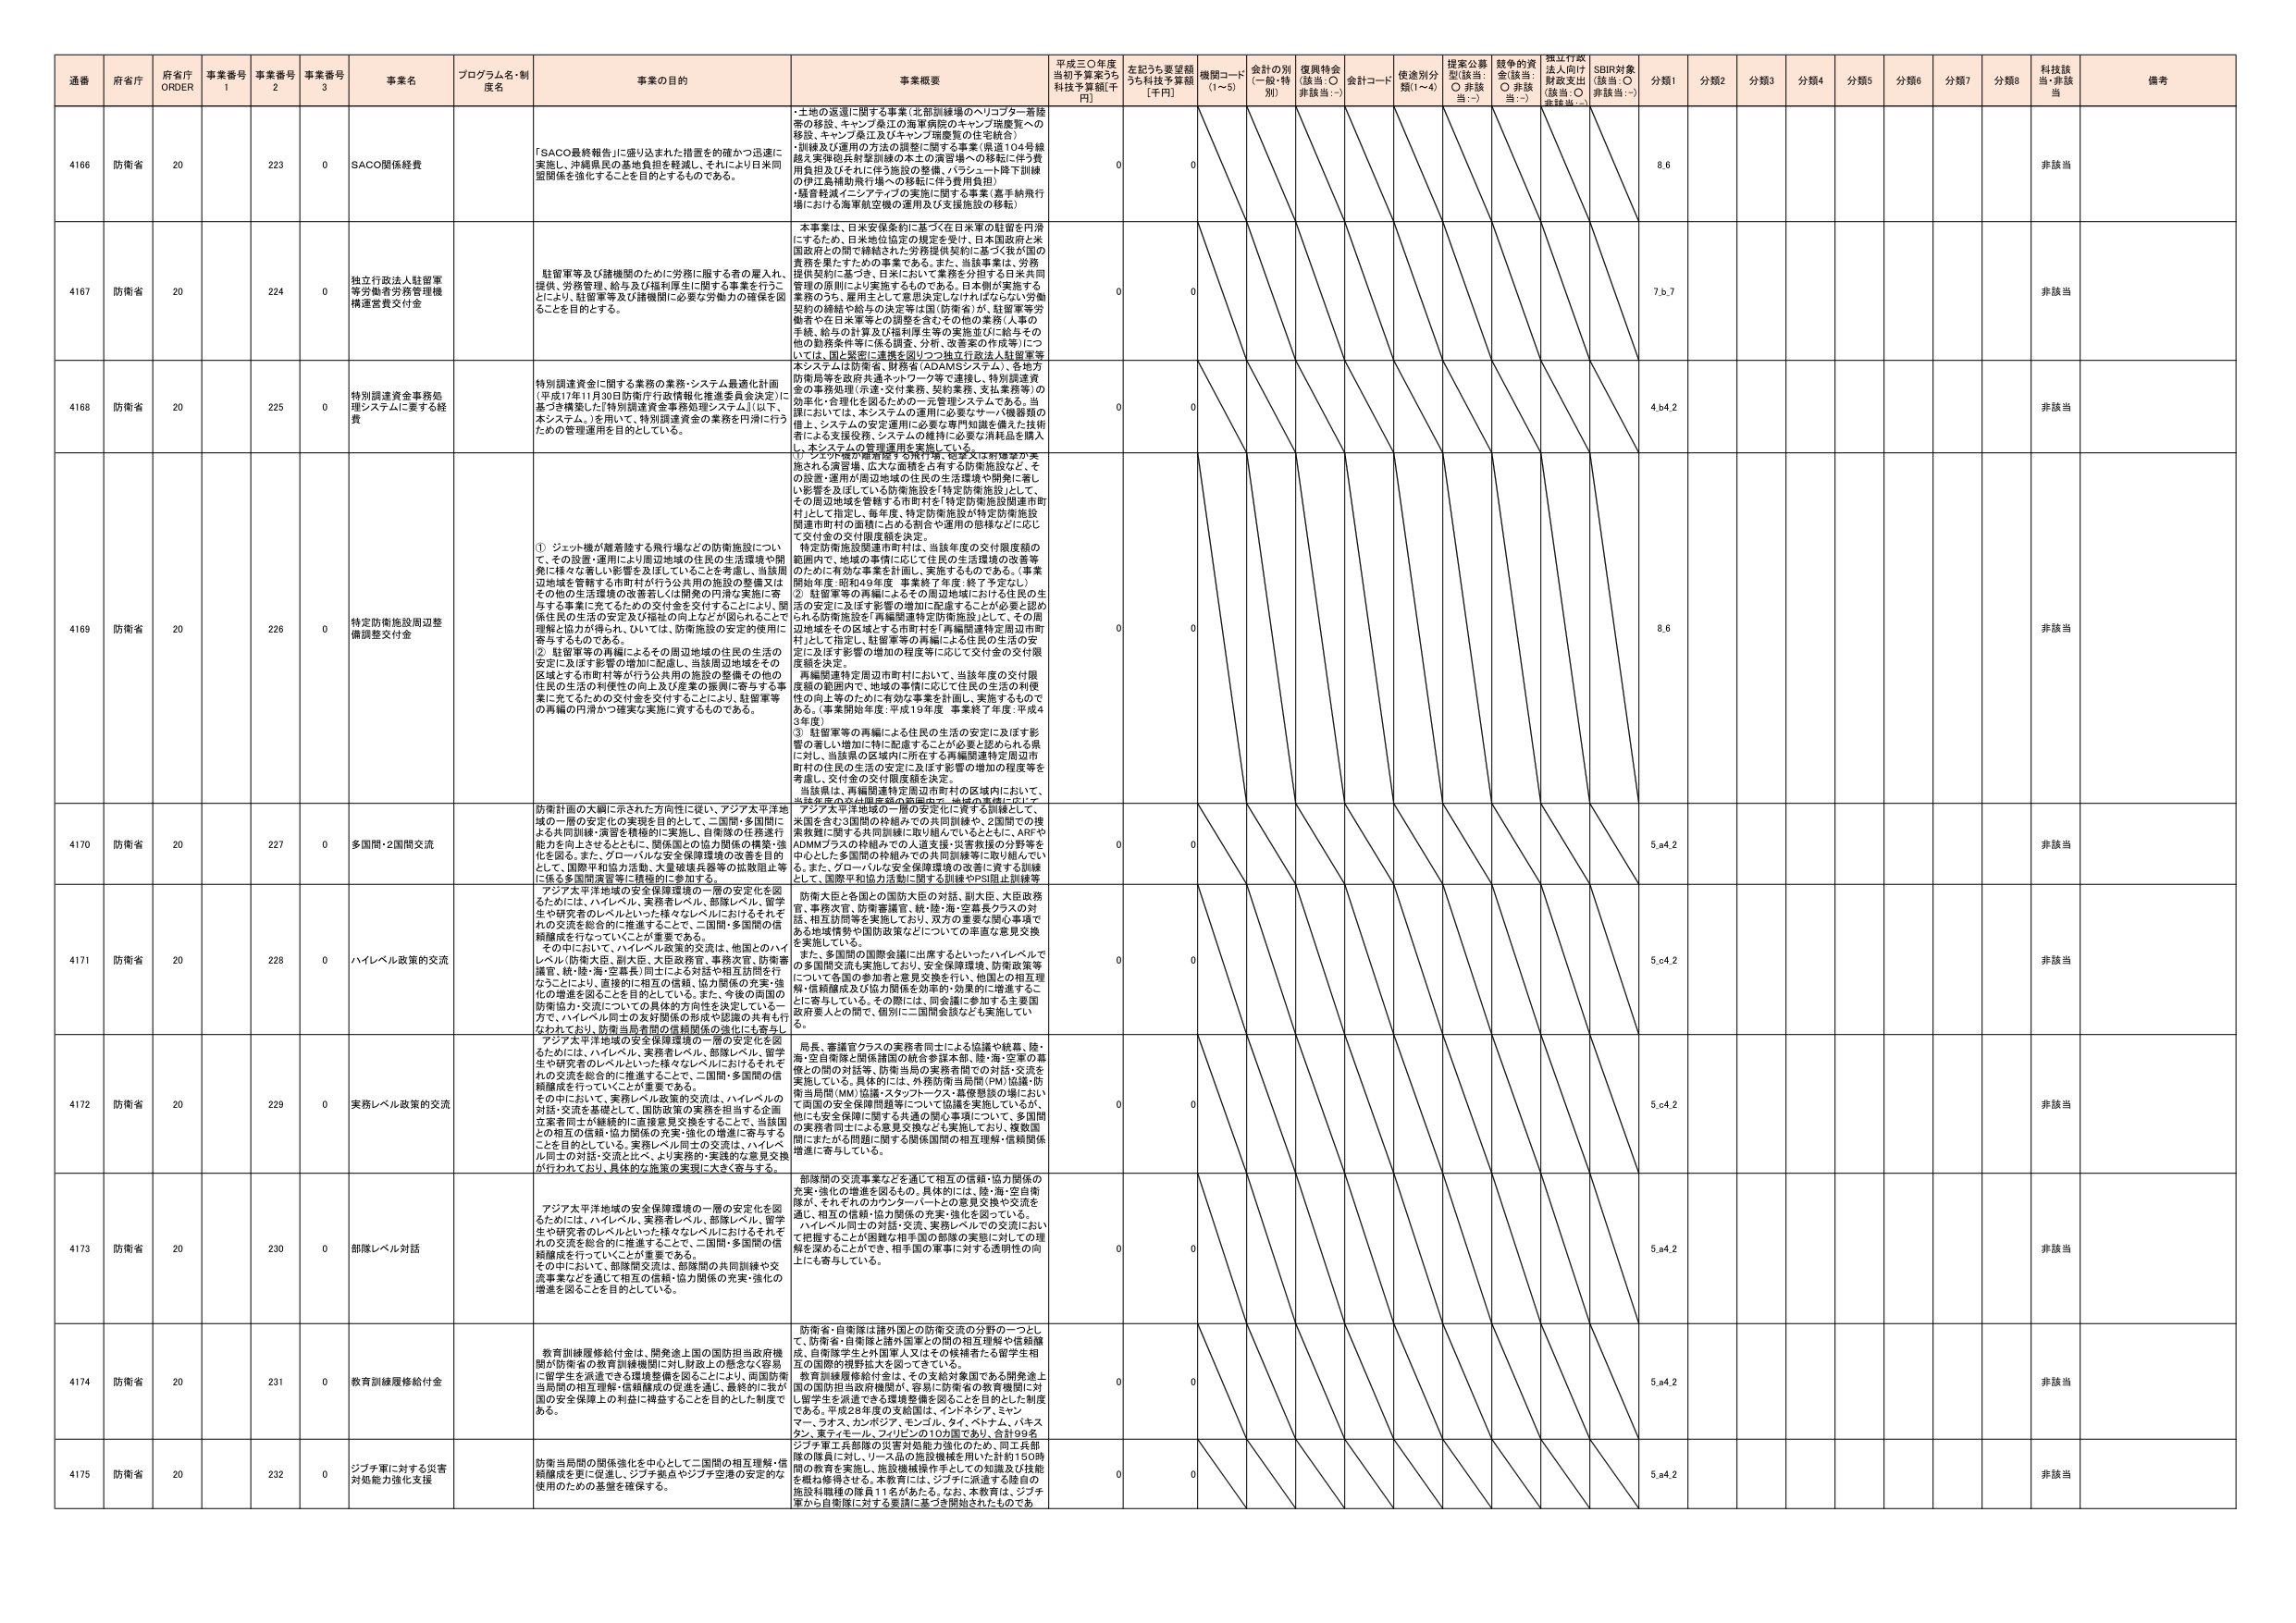
通番 府省庁 府省庁 ORDER 事業番号 1 事業番号 2 事業番号 3 事業名 プログラム名・制度名 事業の目的 事業概要 平成三〇年度当初予算案うち 科技予算額[千円] 左記うち要望額うち科技予算額 [千円] 機関コード (1～5) 会計の別 (一般・特別) 復興特会 (該当: ○ 非該当:－) 会計コード 使途別分類(1～4) 提案公募型(該当: ○ 非該当:－) 競争的資金(該当: ○ 非該当:－) 捏江行政法人向け財政支出(該当: ○ 非該当:－) SDBR対象(該当: ○ 非該当:－) 分類1 分類2 分類3 分類4 分類5 分類6 分類7 分類8 科技該当 備考

4166 防衛省 20 223 0 SACO関係経費 「SACO最終報告」に盛り込まれた措置を的確かつ迅速に実施し、沖縄県民の基地負担を軽減し、それにより日米同盟関係を強化することを目的とするものである。 ・土地の返還に関する事業（北部訓練場のヘリコプター着陸帯の移設、キャンプ系江の海軍病院のキャンプ瑞慶覧への移設、キャンプ系江及びキャンプ瑞慶覧の住宅統合） ・訓練及び運用の方法の調整に関する事業（県道104号線越え実弾砲兵射撃訓練の本土の演習場への移転に伴う費用負担及びそれに対応する施設の整備、パラシュート降下訓練の伊江島補助飛行場への移転に伴う費用負担） ・騒音軽減インセンティブの実施に関する事業（嘉手納飛行場における海軍航空機の運用及び支援施設の移転） 0 0 8,6 非該当

4167 防衛省 20 224 0 独立行政法人駐留軍等労働者労務管理機構運営費交付金 駐留軍等及び諸機関のために労務に服する者の雇入れ、提供、労務管理、給与及び福利厚生に関する事業を行うことにより、駐留軍等及び諸機関に必要な労働力の確保を図ることを目的とする。 本事業は、日米安保条約に基づく在日米軍の駐留を円滑にするため、日米地位協定の規定を受け、日本国政府と米国政府との間で締結された「労務提供契約」に基づく我が国の責務を果たすための事業である。また、当該事業は、労務提供契約に基づき、日米において業務を分担する日米共同管理の原則により実施されるものである。日本側が実施する業務のうち、雇用として意思決定しなければならない「労働契約の締結や給与の決定等は国（防衛省）が、駐留軍等労働者や在日米軍等との調整を含むその他の業務（人事の手続、給与の計算及び福利厚生等の実施並びに給与その他の勤務条件等に係る調査、分析、改善案の作成等）については、国立英語・運営と関リココ独立行政法人駐留軍等をシステムは防衛省、財務省（ADAMSシステム）、各地方防衛局等を政府共通ネットワーク等で連携し、特別調達資金の事務処理（派遣・交付業務、契約業務、支払業務等）の効率化・合理化を図るための一元管理システムである。当該においては、本システムの運用に必要なサーバ機器類の備え、システムの安定運用に必要な専門知識を備えた技術者による支援役務、システムの維持に必要な消耗品を購入し、本システムの管理運用を実施している。 0 0 7,ｂ7 非該当

4168 防衛省 20 225 0 特別調達資金事務処理システムに要する経費 特別調達資金に関する業務の業務・システム最適化計画（平成17年11月30日防衛庁行政情報化推進委員会決定）に基づき構築した「特別調達資金事務処理システム」（以下、本システム。）を用いて、特別調達資金の業務を円滑に行うための管理運用を目的としている。 0 0 4,ｂ42 非該当

4169 防衛省 20 226 0 特定防衛施設周辺整備調整交付金 ① ジェット機が離着陸する飛行場などの防衛施設について、その設置・運用に伴い周辺地域の住民の生活環境や開発に様々な著しい影響を及ぼしていることを考慮し、当該周辺地域を管轄する市町村が行う公共用の施設の整備又はその他の生活環境の改善若しくは開発の円滑な実施に寄与する事業に充てるための交付金を交付することにより、関係住民の生活の安定及び発展の向上などが図られることで理解と協力が得られ、ひいては、防衛施設の安定的使用に寄与するものである。 ② 駐留軍等の再編によるその周辺地域の住民の生活の安定に及ぼす影響の増加に配慮し、当該周辺地域をその区域とする市町村等が行う公共用の施設の整備その他の住民の生活の利便性の向上及び産業の振興に寄与する事業に充てるための交付金を交付することにより、駐留軍等の再編の円滑かつ確実な実施に資するものである。 ① アジア太平洋地域の防衛計画・防衛文は防衛省が実施される演習場、広大な面積を占有する防衛施設など、その設置・運用が周辺地域の住民の生活環境や開発に著しい影響を及ぼしている防衛施設を「特定防衛施設」として、その周辺地域を管轄する市町村を「特定防衛施設関連市町村」として指定し、毎年度、特定防衛施設が特定防衛施設関連市町村の面積に占める割合や運用の態様などに応じて交付金の交付限度額を決定。 特定防衛施設関連市町村は、当該年度の交付限度額の範囲内で、地域の事情に応じて住民の生活環境の改善等のために有効な事業を計画し、実施するものである。（事業開始年度：昭和49年度 事業終了年度：終了予定なし） ② 駐留軍等の再編によるその周辺地域における住民の生活の安定に及ぼす影響の増加に配慮することができると認められる防衛施設を「再編関連特定防衛施設」として、その周辺地域をその区域とする市町村を「再編関連特定周辺市町村」として指定し、駐留軍等の再編による住民の生活の安定に及ぼす影響の増加の程度等に応じて交付金の交付限度額を決定。 再編関連特定周辺市町村において、当該年度の交付限度額の範囲内で、地域の事情に応じて住民の生活の利便性の向上等のために有効な事業を計画し、実施するものである。（事業開始年度：平成19年度 事業終了年度：平成43年度） ③ 駐留軍等の再編による住民の生活の安定に及ぼす影響の著しい増加に特に配慮することが必要と認められる県に対し、当該県の区域内に所在する再編関連特定周辺市町村の住民の生活の安定に及ぼす影響の増加の程度等を考慮し、交付金の交付限度額を決定。 当該県は、再編関連特定周辺市町村の区域内において、当該年度の交付限度額の範囲内で、地域の事情に応じて 0 0 8,6 非該当

4170 防衛省 20 227 0 多国間・2国間交流 防衛計画の大綱に示された方向性に従い、アジア太平洋地域の一層の安定化の実現を目的として、二国間・多国間による共同訓練・演習を積極的に実施し、自衛隊の任務遂行能力を向上させるとともに、関係国との協力関係の構築・強化を図る。また、グローバルな安全保障環境の改善を目的として、国際平和協力活動、大量破壊兵器等の拡散防止等に係る多国間演習等に積極的に参加する。 アジア太平洋地域の一層の安定に資する訓練として、米国を含む3国間の枠組みでの共同訓練や、2国間での搜索救難に関する共同訓練に取り組んでいるとともに、ARFやADMMプラスの枠組みでの人道支援・災害救援の分野等を中心に、多国間の枠組みでの共同訓練に取り組んでいる。また、グローバルな安全保障環境の改善に資する訓練として、国際平和協力活動に関する訓練やPSI阻止訓練等 0 0 5,ａ42 非該当

4171 防衛省 20 228 0 ハイレベル政策的交流 アジア太平洋地域の安全保障環境の一層の安定化を図るためには、ハイレベル、実務者レベル、部隊レベル、留学生や研究者のレベルといった様々なレベルにおけるそれぞれの交流を総合的に推進することで、二国間・多国間の信頼醸成を行っていくことが重要である。 その中において、ハイレベル政策的交流は、他国とのハイレベル（防衛大臣、副大臣、大臣政務官、事務次官、防衛審議官、統・陸・海・空幕長）同士による対話や相互訪問を行うことにより、直接的に相互の信頼、協力関係の充実・強化の増進を図ることを目的としている。また、今後の両国の防衛協力・交流についての具体的な方向性を決定している一方で、ハイレベル同士の友好関係の形成や認識の共有も行なわれており、防衛当局者間の信頼関係の強化にも寄与している。 防衛大臣と各国との国防大臣の対話、副大臣、大臣政務官、事務次官、防衛審議官、統・陸・海・空幕長クラスの対話、相互訪問等を実施しており、双方の重要な関心事項である地域情勢や国防政策などについての率直な意見交換を実施している。 また、多国間の国際会議に出席するといったハイレベルでの多国間交流も実施しており、安全保障環境、防衛政策等について各国の参加者と意見交換を行い、他国との相互理解・信頼醸成及び協力関係を効率的・効果的に推進することに寄与している。その際には、同会議に参加する主要国政府要人との間で、個別に二国間会談なども実施している。 0 0 5,ｃ42 非該当

4172 防衛省 20 229 0 実務レベル政策的交流 アジア太平洋地域の安全保障環境の一層の安定化を図るためには、ハイレベル、実務者レベル、部隊レベル、留学生や研究者のレベルといった様々なレベルにおけるそれぞれの交流を総合的に推進することで、二国間・多国間の信頼醸成を行っていくことが重要である。 その中において、実務レベル政策的交流は、ハイレベルの対話・交流を基礎として、国防政策の実務を担当する企画立案者同士が継続的に直接意見交換をすることで、当該国との相互の信頼・協力関係の充実・強化の増進に寄与することを目的としている。実務レベル同士の交流は、ハイレベル同士の対話・交流と比べ、より実務的・実践的な意見交換が行われており、具体的な施策の実現に大きく寄与する。 局長、審議官クラスの実務者同士による協議や終幕、陸・海・空自衛隊と関係諸国の統合参謀本部、陸・海・空軍の幕僚との間の対話等、防衛当局の実務者間での対話・交流を実施している。具体的には、外務防衛当局間（PM）協議・防衛当局間（MM）協議・スタッフ・ブース・幕僚懇談の場において両国の安全保障問題等について協議を実施しているが、他にも安全保障に関する共通の関心事項について、多国間の実務者同士による意見交換なども実施しており、複数国間にまたがる問題に関する関係国間の相互理解・信頼関係増進に寄与している。 0 0 5,ｃ42 非該当

4173 防衛省 20 230 0 部隊レベル対話 アジア太平洋地域の安全保障環境の一層の安定化を図るためには、ハイレベル、実務者レベル、部隊レベル、留学生や研究者のレベルといった様々なレベルにおけるそれぞれの交流を総合的に推進することで、二国間・多国間の信頼醸成を行っていくことが重要である。 その中には、部隊間交流は、部隊間の共同訓練や交流事業などを通して相互の信頼・協力関係の充実・強化の増進を図ることを目的としている。 部隊間の交流事業などを通じて相互の信頼・協力関係の充実・強化の増進を図るもの。具体的には、陸・海・空自衛隊が、それぞれのカウンターパートとの意見交換や交流を通じ、相互の信頼・協力関係の充実・強化を図っている。 ハイレベル同士の対話・交流、実務レベルでの交流において把握することができる相手国の部隊の実態に対しての理解を深めることができ、相手国の軍事に対する透明性の向上にも寄与している。 0 0 5,ａ42 非該当

4174 防衛省 20 231 0 教育訓練履修給付金 教育訓練履修給付金は、開発途上国の国防担当政府機関が防衛省の教育訓練機関に対し財政上の懸念なく容易に留学生を派遣できる環境整備を図ることにより、両国防衛当局間の相互理解・信頼醸成の促進を図し、最終的に我が国の安全保障上の利益に帰達することを目的とした制度である。 防衛省・自衛隊は諸外国との防衛交流の分野の一つとして、防衛省・自衛隊と諸外国軍との間の相互理解や信頼醸成、自衛隊学生と外国軍人又はその候補者たる留学生相互の国際的視野拡大を図っている。 教育訓練履修給付金は、その支給対象国である開発途上国の国防担当政府機関が、容易に防衛省の教育機関に対し留学生を派遣できる環境整備を図ることを目的とした制度である。平成28年度の支給国は、インドネシア、ミャンマー、ラオス、カンボジア、モンゴル、タイ、ベトナム、パキスタン、東ティモール、フィリピンの10カ国であり、合計99名。 0 0 5,ａ42 非該当

4175 防衛省 20 232 0 ジブチ軍に対する災害対処能力強化支援 防衛当局間の関係強化を中心として二国間の相互理解・信頼醸成を更に促進し、ジブチ拠点やジブチ空港の安定的な使用のための基盤を確保する。 ジブチ軍工兵部隊の災害対処能力強化のため、同工兵部隊の隊員に対し、リース品の施設機械を用いて計約150時間の教育を実施し、施設機械操作手としての知識及び技能を吸収修得させる。本教育には、ジブチに派遣する陸自の施設科機械の隊員11名が加わる。なお、本教育は、ジブチ軍から自衛隊に対する要請に基づき開始されたものであ 0 0 5,ａ42 非該当